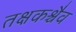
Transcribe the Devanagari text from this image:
तक्षकश्चैव